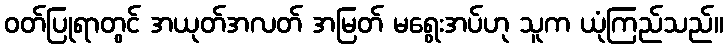
ဝတ်ပြုရာတွင် အယုတ်အလတ် အမြတ် မရွေးအပ်ဟု သူက ယုံကြည်သည်။